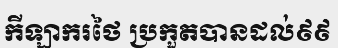
កីឡាករថៃ ប្រកួតបានដល់៩៩